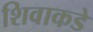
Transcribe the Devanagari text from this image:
शिवाकडे